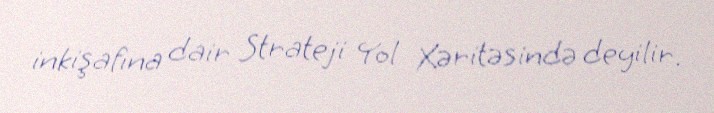
inkişafına dair Strateji Yol Xəritəsində deyilir.